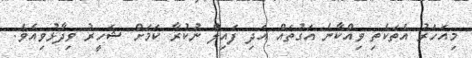
މިއަހަރު އެތަކެތި ވިއްކާނެ އަގުތައް އަދި ފައިލް ނުކުރާ ކަމަށް ޝަހީރު ވިދާޅުވިއެވެ.